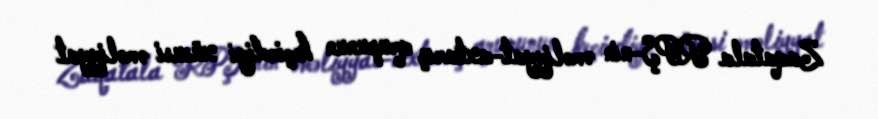
Zaqatala RPŞ-nin əməliyyat-axtarış qrupunun keçirdiyi xüsusi əməliyyat